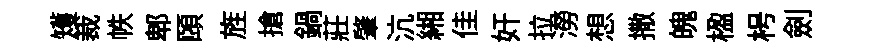
矱裁帙郫頤旌搶鍋莊肇沆緗佳奸拉澇想撒魄楹枵劍